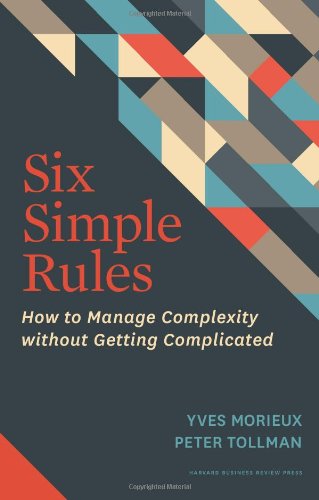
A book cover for Six Simple Rules: How to Manage Complexity without Getting Complicated; Yves Morieux; Business & Money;